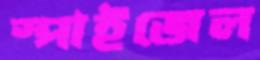
স্পাইজেল